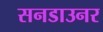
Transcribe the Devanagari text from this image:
सनडाउनर